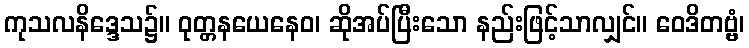
ကုသလနိဒ္ဒေသ၌။ ဝုတ္တနယေနေဝ၊ ဆိုအပ်ပြီးသော နည်းဖြင့်သာလျှင်။ ဝေဒိတဗ္ဗံ၊